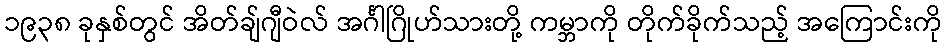
၁၉၃၈ ခုနှစ်တွင် အိတ်ချ်ဂျီဝဲလ် အင်္ဂါဂြိုဟ်သားတို့ ကမ္ဘာကို တိုက်ခိုက်သည့် အကြောင်းကို